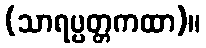
(သာရပ္ပတ္တကထာ)။